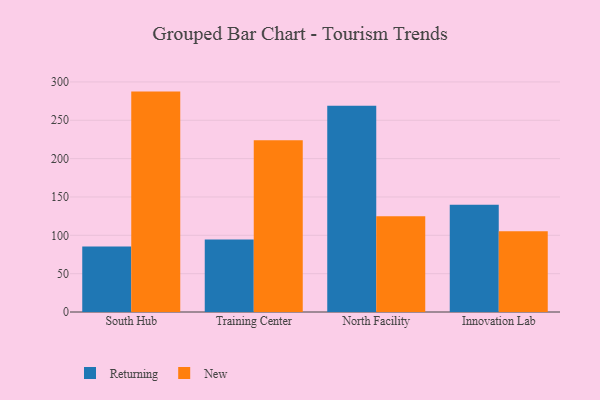
{"axis": {"x": "Campus", "y": "Inventory Turnover"}, "legend": ["New", "Returning"], "data": [{"x": "South Hub", "y": 85.3, "type": "Returning"}, {"x": "South Hub", "y": 287.4, "type": "New"}, {"x": "Training Center", "y": 94.6, "type": "Returning"}, {"x": "Training Center", "y": 224.1, "type": "New"}, {"x": "North Facility", "y": 268.9, "type": "Returning"}, {"x": "North Facility", "y": 124.8, "type": "New"}, {"x": "Innovation Lab", "y": 140.0, "type": "Returning"}, {"x": "Innovation Lab", "y": 105.2, "type": "New"}]}